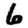
Digit: 6